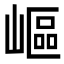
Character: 嶇